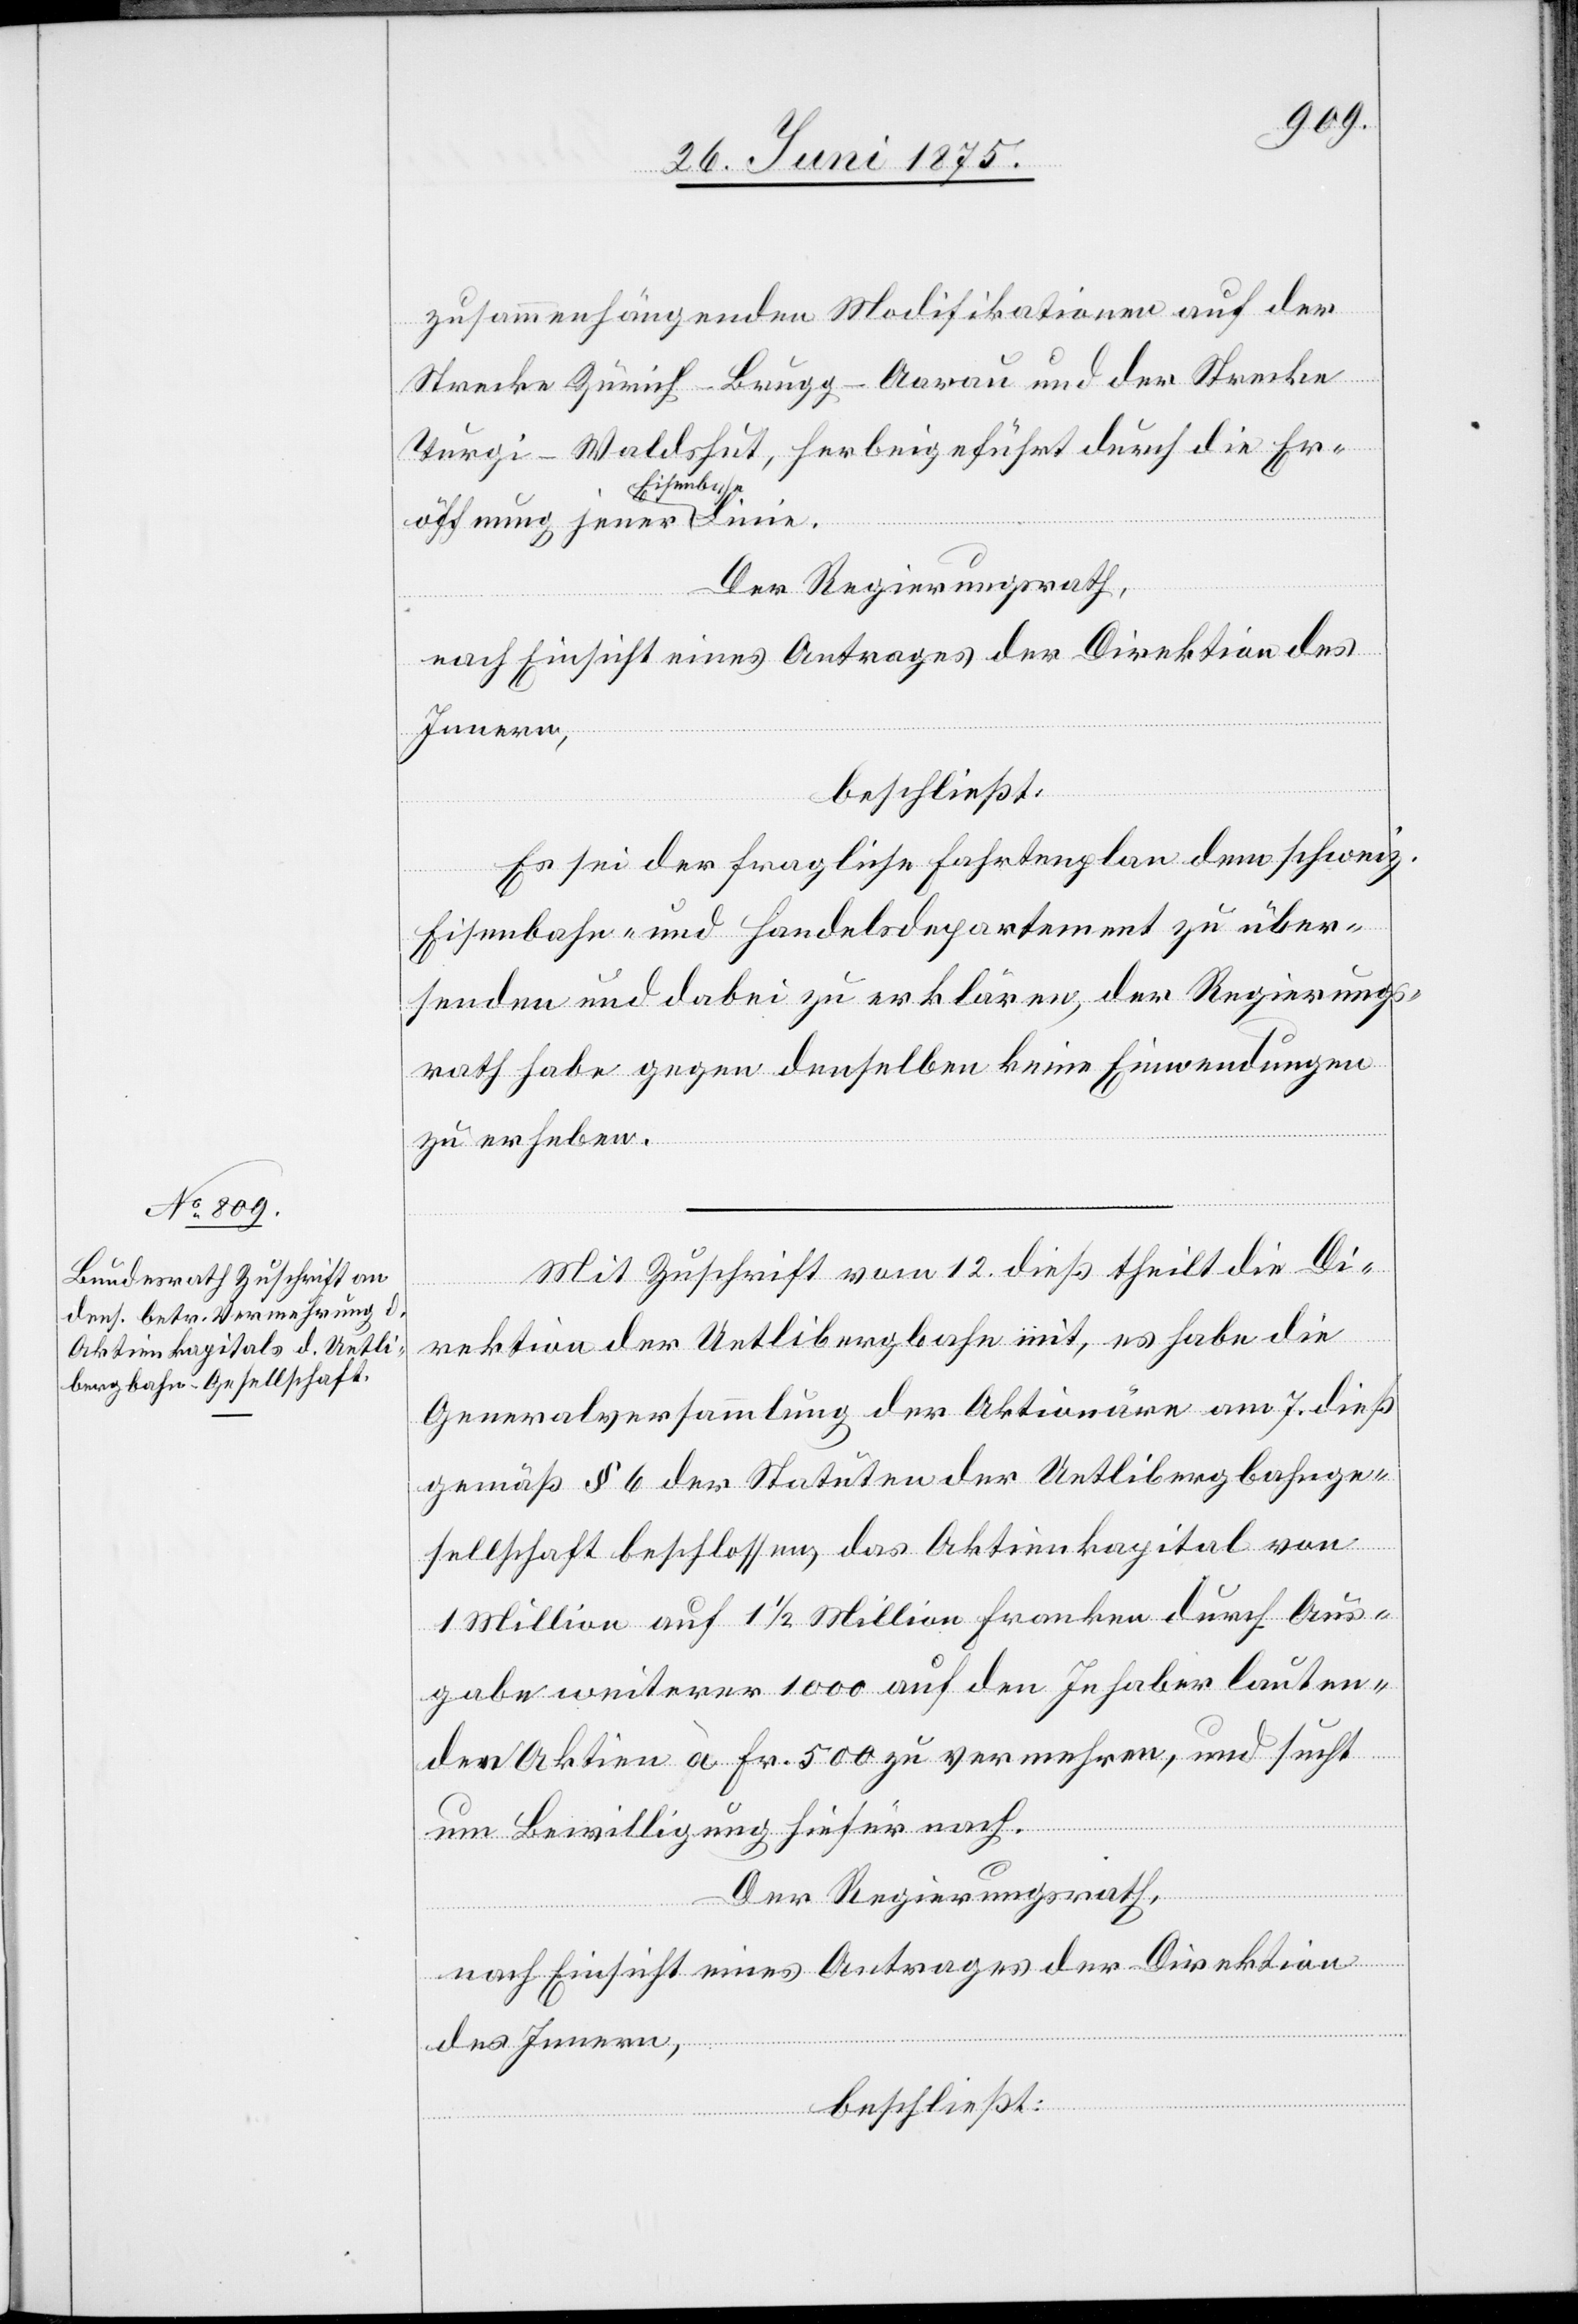
zusammenhängenden Modifikationen auf der
Strecke Zürich–Brugg–Aarau und der Strecke
Turgi–Waldshut, herbeigeführt durch die Er¬
öffnung jener Eise¬
Der Regierungsrath,
nach Einsicht eines Antrages der Direktion des
Innern,
beschließt:
Es sei der fragliche Fahrtenplan dem schweiz.
Franken
Eisenbahn- und Handelsdepartement zu über¬
senden und dabei zu erklären, der Regierungs¬
rath habe gegen denselben keine Einwendungen
zu erheben.
Mit Zuschrift vom 12. dieß theilt die Di¬
rektion der Uetlibergbahn mit, es habe die
Generalversammlung der Aktionäre am 7. dieß
gemäß § 6 der Statuten der Uetlibergbahnge¬
sellschaft beschlossen, das Aktienkapital von
gabe weiterer 1000 auf den Inhaber lauten¬
den Aktien à Fr. 500 zu vermehren, und sucht
um Bewilligung hiefür nach.
Aus¬
Der Regierungsrath,
Million
nach Einsicht eines Antrages der Direktion
des Innern,
beschließt: